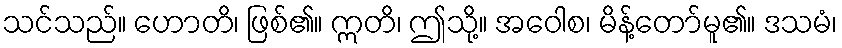
သင်သည်။ ဟောတိ၊ ဖြစ်၏။ ဣတိ၊ ဤသို့။ အဝေါစ၊ မိန့်တော်မူ၏။ ဒသမံ၊